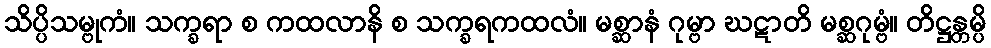
သိပ္ပိသမ္ဗုကံ။ သက္ခရာ စ ကထလာနိ စ သက္ခရကထလံ။ မစ္ဆာနံ ဂုမ္ဗာ ဃဋာတိ မစ္ဆဂုမ္ဗံ။ တိဋ္ဌန္တမ္ပိ